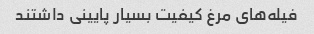
فیله‌های مرغ کیفیت بسیار پایینی داشتند